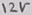
Text: 12V